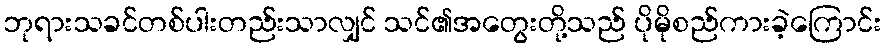
ဘုရားသခင်တစ်ပါးတည်းသာလျှင် သင်၏အတွေးတို့သည် ပိုမိုစည်ကားခဲ့ကြောင်း